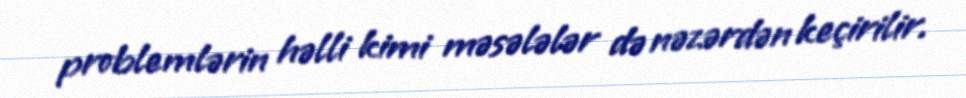
problemlərin həlli kimi məsələlər də nəzərdən keçirilir.